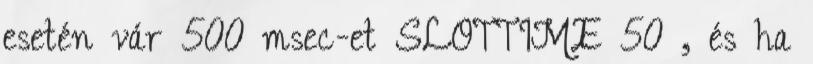
esetén vár 500 msec-et SLOTTIME 50 , és ha